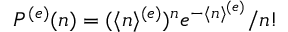
P ^ { ( e ) } ( n ) = { ( \langle n \rangle ^ { ( e ) } ) ^ { n } } e ^ { - \langle n \rangle ^ { ( e ) } } / { n ! }